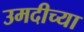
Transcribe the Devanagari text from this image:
उमदीच्या